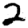
Digit: 2